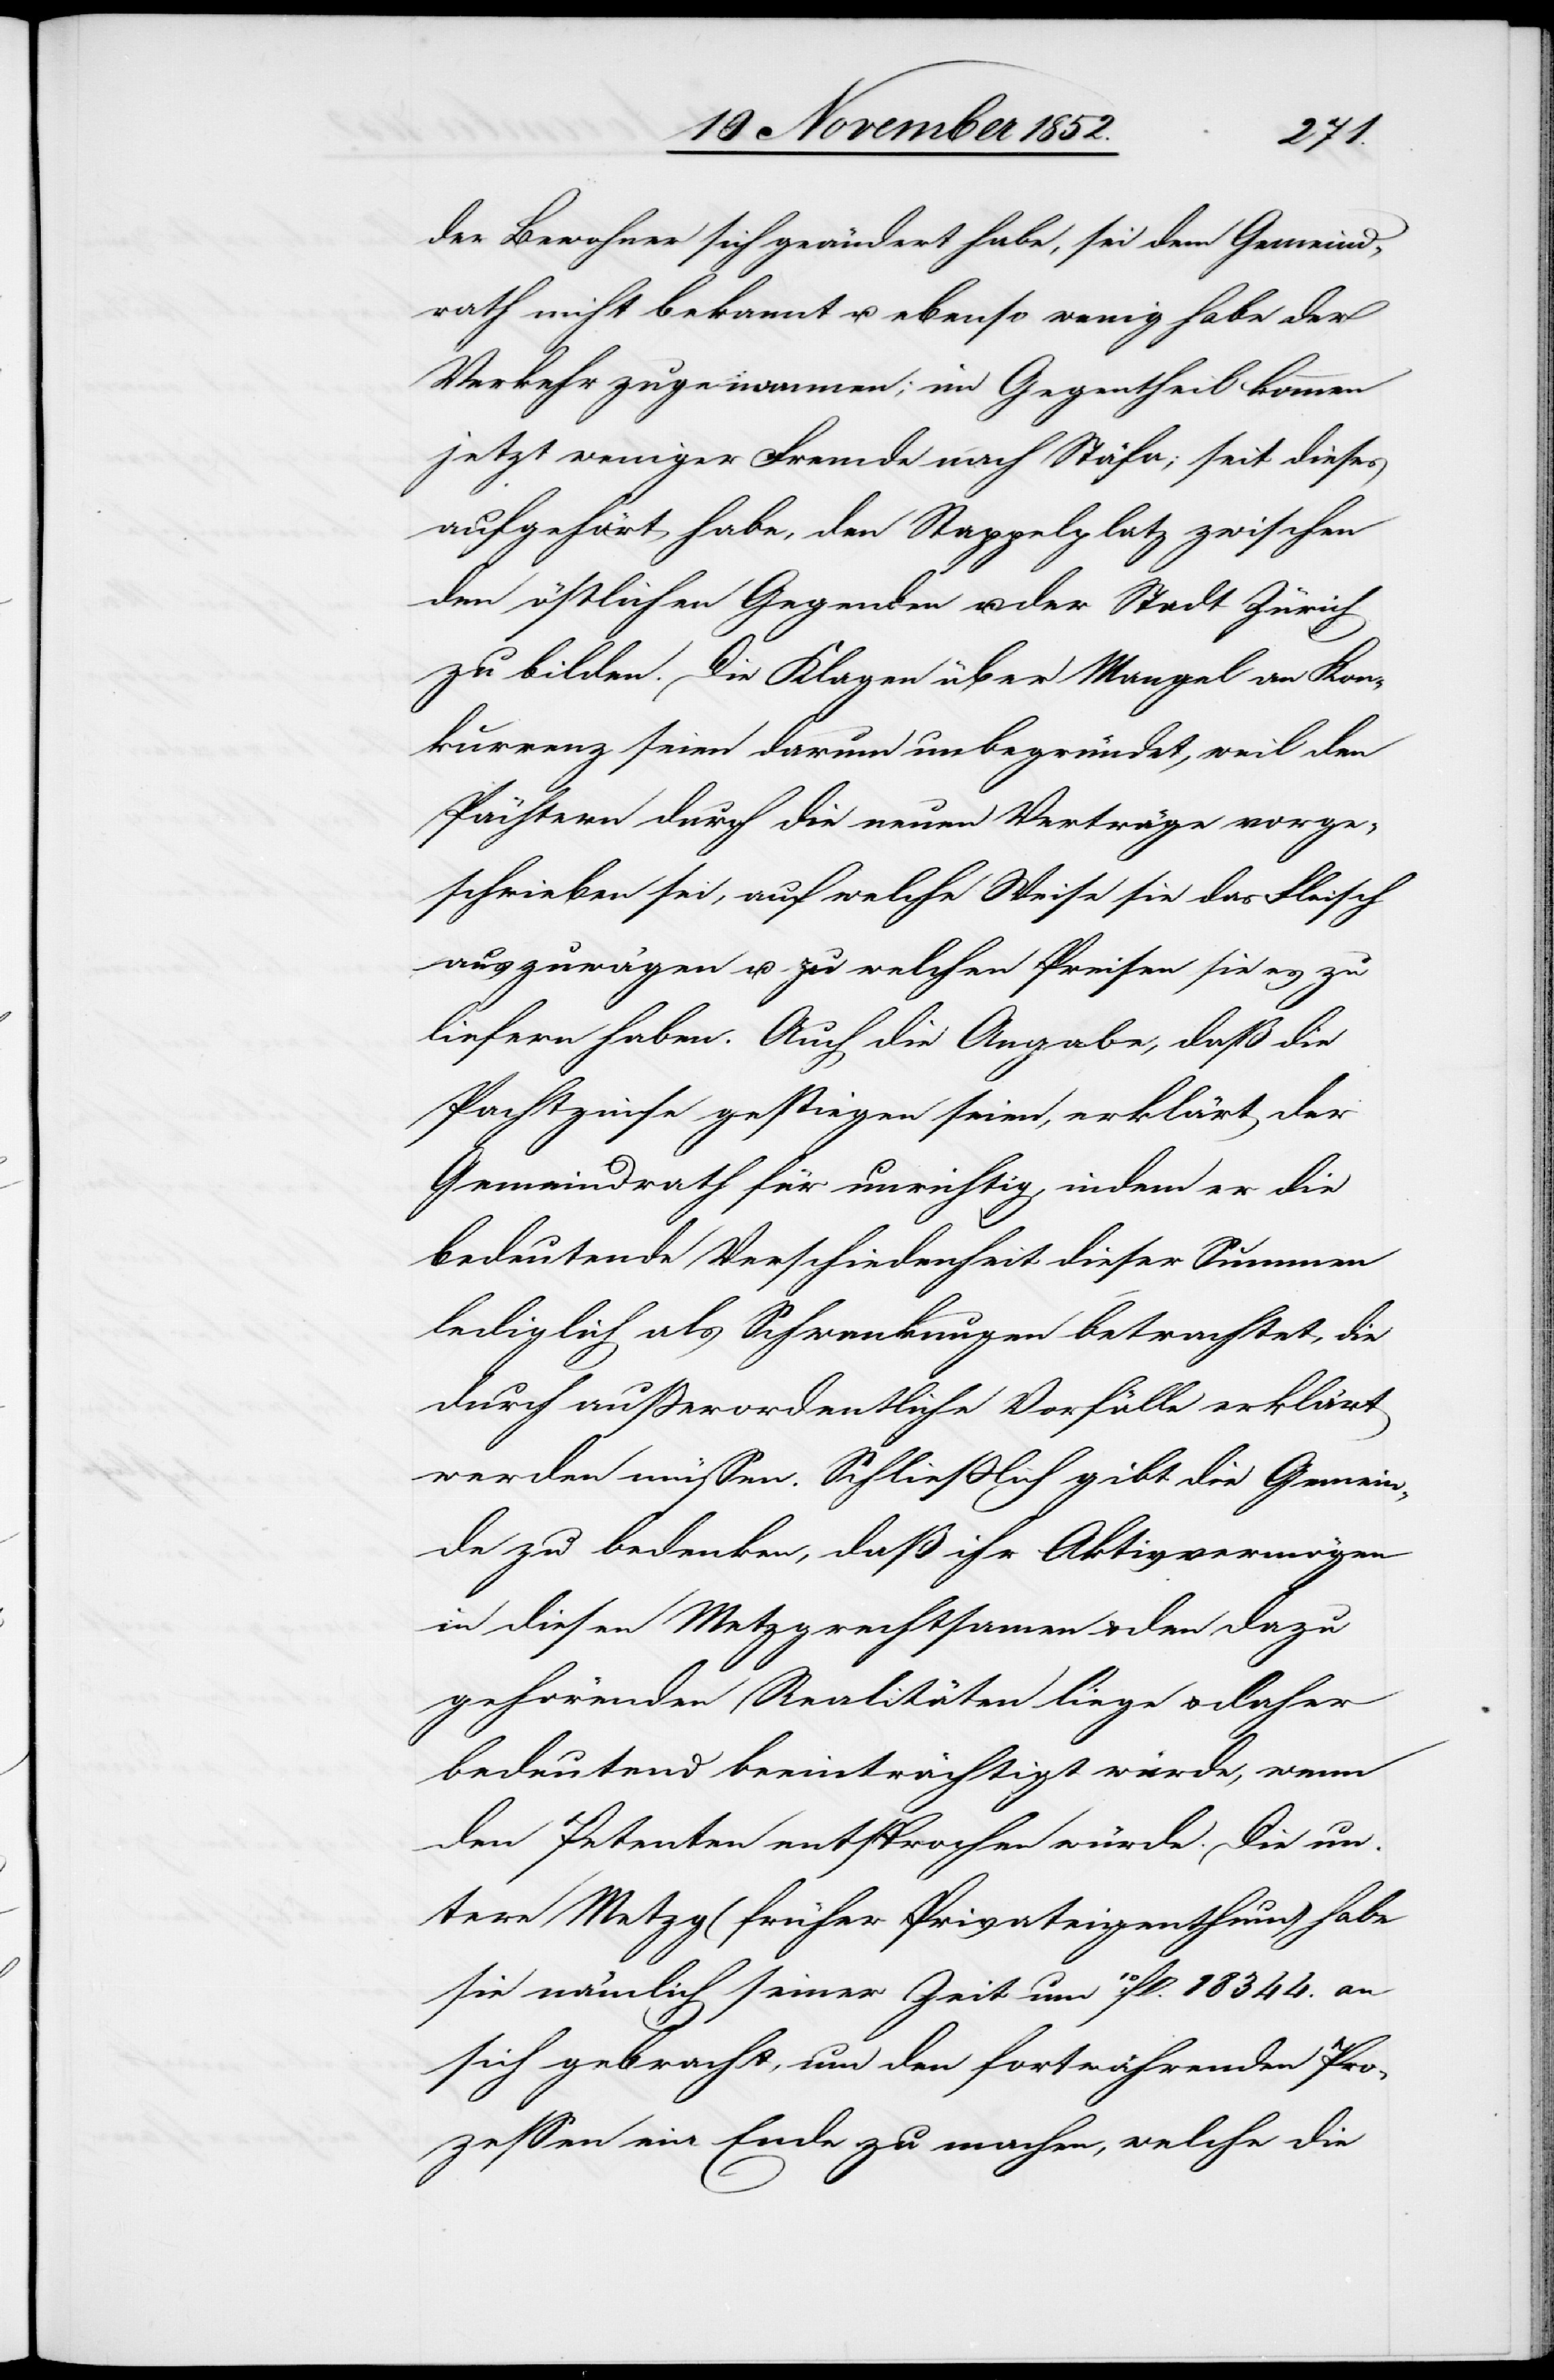
der Bewohner sich geändert habe, sei dem Gemeind¬
rath nicht bekannt u. ebenso wenig habe der
Verkehr zugenommen; im Gegentheil kommen
jetzt weniger Fremde nach Stäfa; seit dieses
aufgehört habe, den Stappelplatz zwischen
den östlichen Gegenden u. der Stadt Zürich
zu bilden. Die Klagen über Mangel an Kon¬
kurrenz seien darum unbegründet, weil den
Pächtern durch die neuen Verträge vorge¬
schrieben sei, auf welche Weise sie das Fleisch
auszuwägen u. zu welchen Preisen sie es zu
liefern haben. Auch die Angabe, daß die
Pachtzinse gestiegen seien, erklärt der
Gemeindrath für unrichtig, indem er die
bedeutende Verschiedenheit dieser Summen
lediglich als Schwankungen betrachtet, die
durch außerordentliche Vorfälle erklärt
werden müssen. Schließlich gibt die Gemein¬
de zu bedenken, daß ihr Aktivvermögen
in diesen Metzgrechtsamen & den dazu
gehörenden Realitäten liege & daher
bedeutend beeinträchtigt würde, wenn
den Petenten entsprochen würde. Die un¬
tere Metzg (früher Privateigenthum) habe
sie nämlich seiner Zeit um 10fl. 18 344. an
sich gebracht, um den fortwährenden Pro¬
zessen ein Ende zu machen, welche die